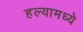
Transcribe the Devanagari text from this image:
हल्यामध्ये